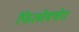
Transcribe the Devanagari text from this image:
फिलोक्सेरा